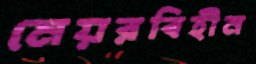
মেয়রবিহীন